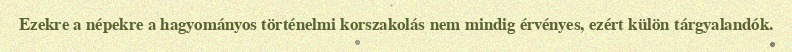
Ezekre a népekre a hagyományos történelmi korszakolás nem mindig érvényes, ezért külön tárgyalandók.